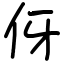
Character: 伢